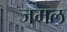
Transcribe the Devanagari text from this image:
जमल